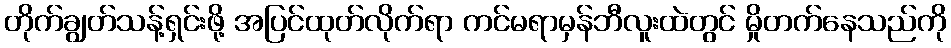
တိုက်ချွတ်သန့်ရှင်းဖို့ အပြင်ထုတ်လိုက်ရာ ကင်မရာမှန်ဘီလူးထဲတွင် မှိုတက်နေသည်ကို